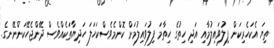
ތިޔަ އެކަހެރިކަން ފިލުވައިލުމާއި އަދި ހިތުގެ ހިތާމަ ފިލުވައިލުމަށް ކޮންމެވެސްކަހަލަ ހަދިޔާތަކެއްވެސް ދޭންޖެހޭކަންނޭނގެ.